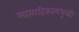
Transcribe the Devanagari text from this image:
साप्ताहिकांमधूनही